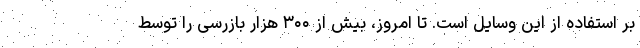
بر استفاده از این وسایل است. تا امروز، بیش از ۳۰۰ هزار بازرسی را توسط